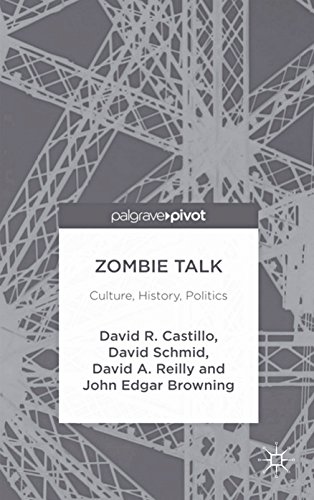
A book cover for Zombie Talk: Culture, History, Politics; John Edgar Browning; Humor & Entertainment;